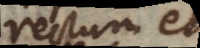
rectum et